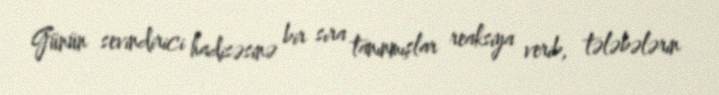
Günün sevindirici hadisəsinə bir sıra tanınmışlar reaksiya verib, tələbələrin